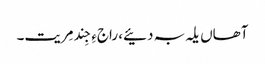
آھاں یلہ بہ دئیے، راجءِ جِند مِریت۔